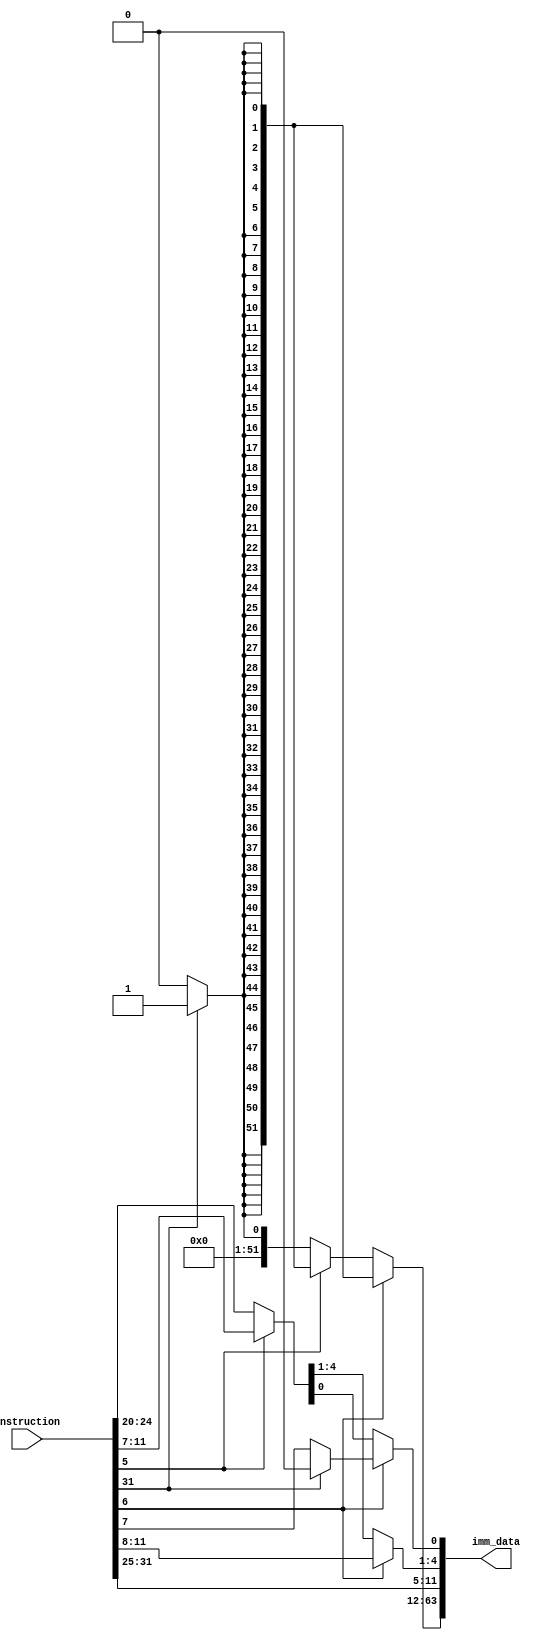
`timescale 1ns / 1ps
//////////////////////////////////////////////////////////////////////////////////
// Company: 
// Engineer: 
// 
// Design Name: 
// Module Name: imm_data
// Project Name: 
// Target Devices: 
// Tool Versions: 
// Description: 
// 
// Dependencies: 
// 
// Revision:
// Revision 0.01 - File Created
// Additional Comments:
// 
//////////////////////////////////////////////////////////////////////////////////


module imm_data(

    input [31:0] instruction, 

    output reg [63:0] imm_data 

    ); 

integer i; //for loop 

always @ (*) begin 

    if (instruction[6] == 1) begin //sb type 

        imm_data[4:0] = instruction[11:7]; 

        imm_data[11:5] = instruction[31:25]; 

        if (imm_data[11] == 0) begin 

            imm_data[63:12] = 0; 

            end 

        else begin
        
            for (i=0; i<52; i=i+1) begin 

                    imm_data[i+12] = 1;  

                    end 
            imm_data[0] = 0; //making it 2's compliment by minusing 1

            end 

        end 

    else begin 

        if (instruction[5] == 0) begin //i type 

            imm_data[11:0] = instruction[31:20]; 

            if (imm_data[11] == 0) begin 

                imm_data[63:12] = 0; 

                end 

            else begin 

                imm_data[63:12] = 1; 

                end 

            end 

        else begin //s type 

            imm_data[4:0] = instruction[11:7]; 

            imm_data[11:5] = instruction[31:25]; 

            if (imm_data[11] == 0) begin 

                    for (i=0; i<52; i=i+1) begin 

                    imm_data[i+12] = 0;  

                    end 

                end 

            else begin 

                    for (i=0; i<52; i=i+1) begin 

                    imm_data[i+12] = 1;  

                    end 

                end 

            end 

        end 

    end 

  

endmodule